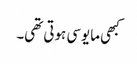
کبھی مایوسی ہوتی تھی۔